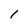
Character: l